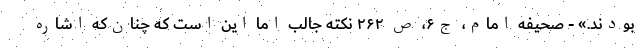
بودند.» - صحیفه امام، ج۶، ص ۲۶۲ نکته جالب اما این است که چنان‌که اشاره